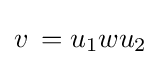
v\,=u_{1}wu_{2}